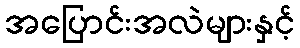
အပြောင်းအလဲများနှင့်